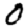
Digit: 0